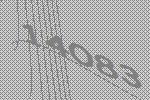
14083